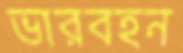
ভারবহন